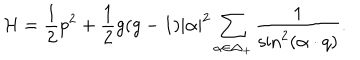
{ \cal H } = { \frac { 1 } { 2 } } p ^ { 2 } + { \frac { 1 } { 2 } } g ( g - 1 ) | \alpha | ^ { 2 } \sum _ { \alpha \in \Delta _ { + } } { \frac { 1 } { \sin ^ { 2 } ( \alpha \cdot q ) } } .